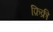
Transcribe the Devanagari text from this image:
फ़िक्री